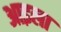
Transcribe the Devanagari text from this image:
आइला